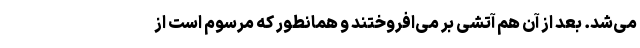
می‌شد. بعد از آن هم آتشی بر می‌افروختند و همانطور که مرسوم است از